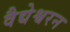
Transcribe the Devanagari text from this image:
वैद्येश्वरन